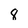
Character: 8